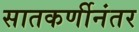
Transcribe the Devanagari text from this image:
सातकर्णीनंतर